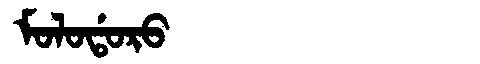
Manchu: ᠮᠣᠯᠣᡩᠣᡵᠣ
Romanization: MOLODORO